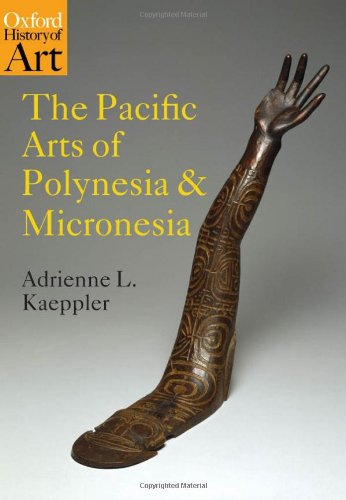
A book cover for The Pacific Arts of Polynesia and Micronesia (Oxford History of Art); Adrienne L. Kaeppler; History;